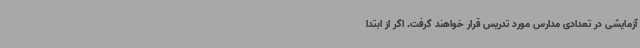
آزمایشی در تعدادی مدارس مورد تدریس قرار خواهند گرفت. اگر از ابتدا